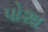
પોશા